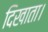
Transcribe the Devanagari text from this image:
दिखाता।